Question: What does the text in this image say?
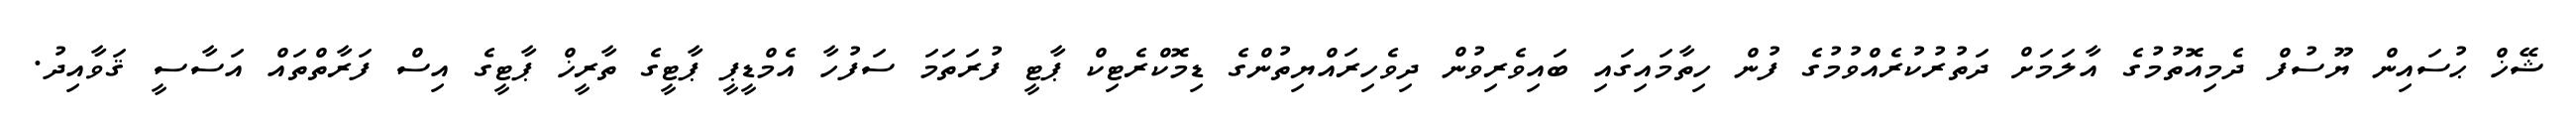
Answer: ޝޭޚް ޙުސައިން ޔޫސުފް ދެމިއޮތުމުގެ އާލަމަށް ދަތުރުކުރެއްވުމުގެ ފުން ހިތާމައިގައި ބައިވެރިވުން ދިވެހިރައްޔިތުންގެ ޑިމޮކްރެޓިކް ޕާޓީ ފުރަތަމަ ސަފުހާ އެމްޑީޕީ ޕާޓީގެ ތާރީޚް ޕާޓީގެ އިސް ފަރާތްތައް އަސާސީ ޤަވާއިދު.